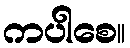
ကပါစေ။